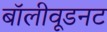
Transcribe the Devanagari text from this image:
बॉलीवूडनट